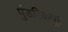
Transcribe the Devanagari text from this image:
पुंडरिकपूर